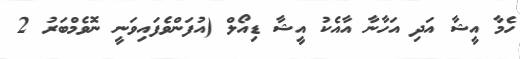
ހެމާ އީޝާ އަދި އަހާނާ އާއެކު އީޝާ ޑިއޯލް (އުފަންވެފައިވަނީ ނޮވެމްބަރު 2